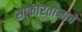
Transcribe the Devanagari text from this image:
साकारतानाचे